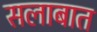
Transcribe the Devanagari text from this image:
सलाबात